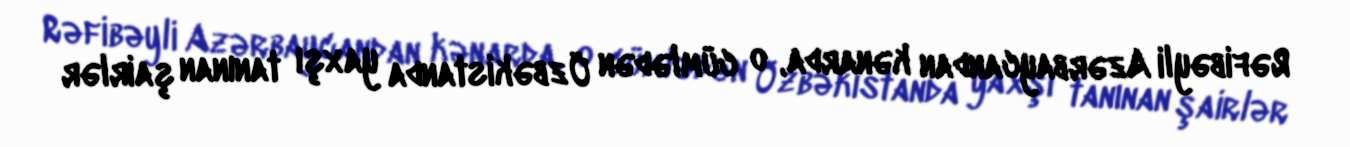
Rəfibəyli Azərbaycandan kənarda, o cümlədən Özbəkistanda yaxşı tanınan şairlər